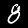
Digit: 8